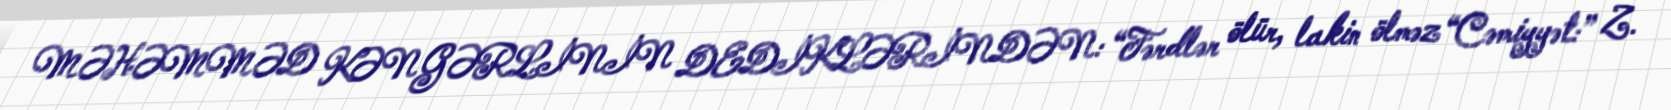
MƏHƏMMƏD KƏNGƏRLİNİN DEDİKLƏRİNDƏN: “Fərdlər ölür, lakin ölməz “Cəmiyyət:” Z.